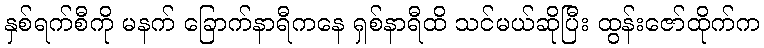
နှစ်ရက်စီကို မနက် ခြောက်နာရီကနေ ရှစ်နာရီထိ သင်မယ်ဆိုပြီး ထွန်းဇော်ထိုက်က